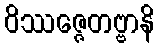
ဝိဿဇ္ဇေတဗ္ဗာနိ